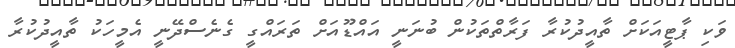
ވަކި ޕާޓީއަކަށް ތާއީދުކުރާ ފަރާތްތަކުން ބުނަނީ އައްޑޫއަށް ތަރައްގީ ގެނެސްދޭނީ އެމީހަކު ތާއީދުކުރާ